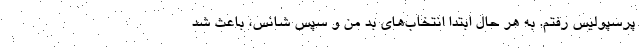
پرسپوليس رفتم. به هر حال ابتدا انتخاب‌هاي بد من و سپس شانس، باعث شد